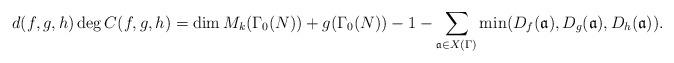
LaTeX: \begin{align*} d(f,g,h)\deg C(f,g,h)=\dim M_k(\Gamma_0(N))+g(\Gamma_0(N))-1-\sum\limits_{\mathfrak{a}\in X(\Gamma)} \min (D_f(\mathfrak{a}),D_g(\mathfrak{a}),D_h(\mathfrak{a})). \end{align*}